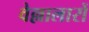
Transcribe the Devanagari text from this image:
वेल्लालारों